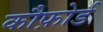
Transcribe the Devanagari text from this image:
कौफ़ोर्ड